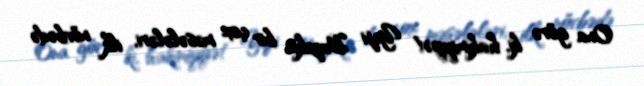
Ona görə ki, hakimiyyət Yeji Buzekin bir çox məsələləri, ilk növbədə